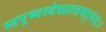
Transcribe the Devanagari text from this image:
स्वपुष्पस्वेच्छात्तषट्पदः।